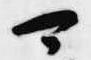
可